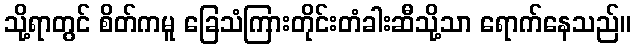
သို့ရာတွင် စိတ်ကမူ ခြေသံကြားတိုင်းတံခါးဆီသို့သာ ရောက်နေသည်။